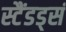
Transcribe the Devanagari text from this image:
स्टैंडड्सं